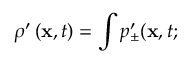
\rho ^ { \prime } \left( { \bf x } , t \right) = \int p _ { \pm } ^ { \prime } ( { \bf x } , t ;